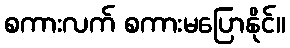
စကားလက် စကားမပြောနိုင်။